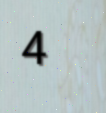
4